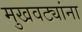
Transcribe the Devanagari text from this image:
मुखवट्यांना